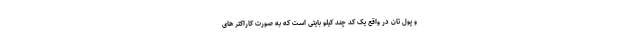
و پول تان در واقع یک کد چند کیلو بایتی است که به صورت کاراکتر های